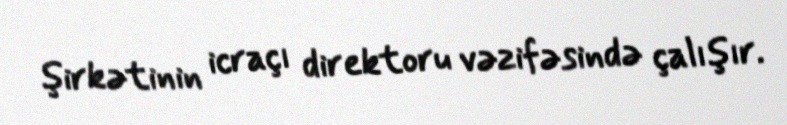
şirkətinin icraçı direktoru vəzifəsində çalışır.